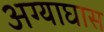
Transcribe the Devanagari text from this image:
अग्याघास